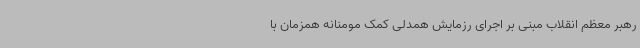
رهبر معظم انقلاب مبنی بر اجرای رزمایش همدلی کمک مومنانه همزمان با